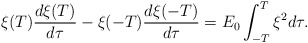
\begin{align*}\xi(T)\frac{d\xi(T)}{d\tau} - \xi(-T)\frac{d\xi(-T)}{d\tau} =E_0 \int_{-T}^T \xi^2 d\tau.\end{align*}